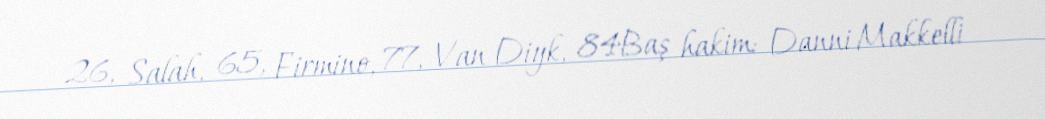
26, Salah, 65, Firmino, 77, Van Diyk, 84Baş hakim: Danni Makkelli